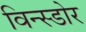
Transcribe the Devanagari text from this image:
विन्स्डोर